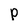
Character: p